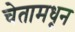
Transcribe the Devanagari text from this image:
चेतामधून